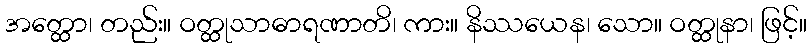
အတ္ထော၊ တည်း။ ဝတ္ထုသာဓာရဏာတိ၊ ကား။ နိဿယေန၊ သော။ ဝတ္ထုနာ၊ ဖြင့်။